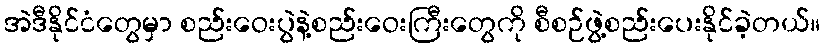
အဲဒီနိုင်ငံတွေမှာ စည်းဝေးပွဲနဲ့စည်းဝေးကြီးတွေကို စီစဉ်ဖွဲ့စည်းပေးနိုင်ခဲ့တယ်။